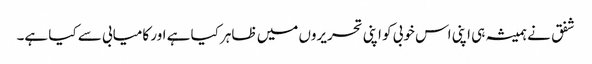
شفق نے ہمیشہ ہی اپنی اس خوبی کو اپنی تحریروں میں ظاہر کیا ہے اور کامیابی سے کیا ہے۔